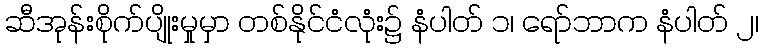
ဆီအုန်းစိုက်ပျိုးမှုမှာ တစ်နိုင်ငံလုံး၌ နံပါတ် ၁၊ ရော်ဘာက နံပါတ် ၂၊